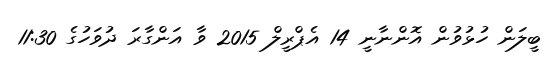
ބީލަން ހުޅުވުން އޮންނާނީ 14 އެޕްރީލް 2015 ވާ އަންގާރަ ދުވަހުގެ 11:30